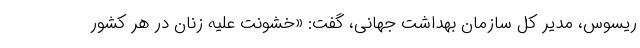
ریسوس، مدیر کل سازمان بهداشت جهانی، گفت: «خشونت علیه زنان در هر کشور